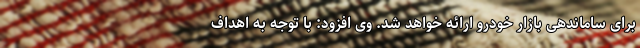
برای ساماندهی بازار خودرو ارائه خواهد شد. وی افزود:‌ با توجه به اهداف